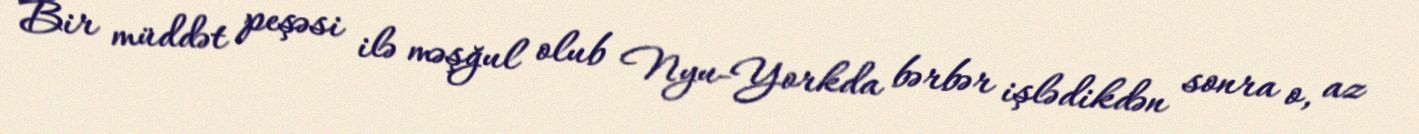
Bir müddət peşəsi ilə məşğul olub Nyu-Yorkda bərbər işlədikdən sonra o, az